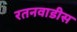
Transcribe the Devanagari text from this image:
रतनवाडीस